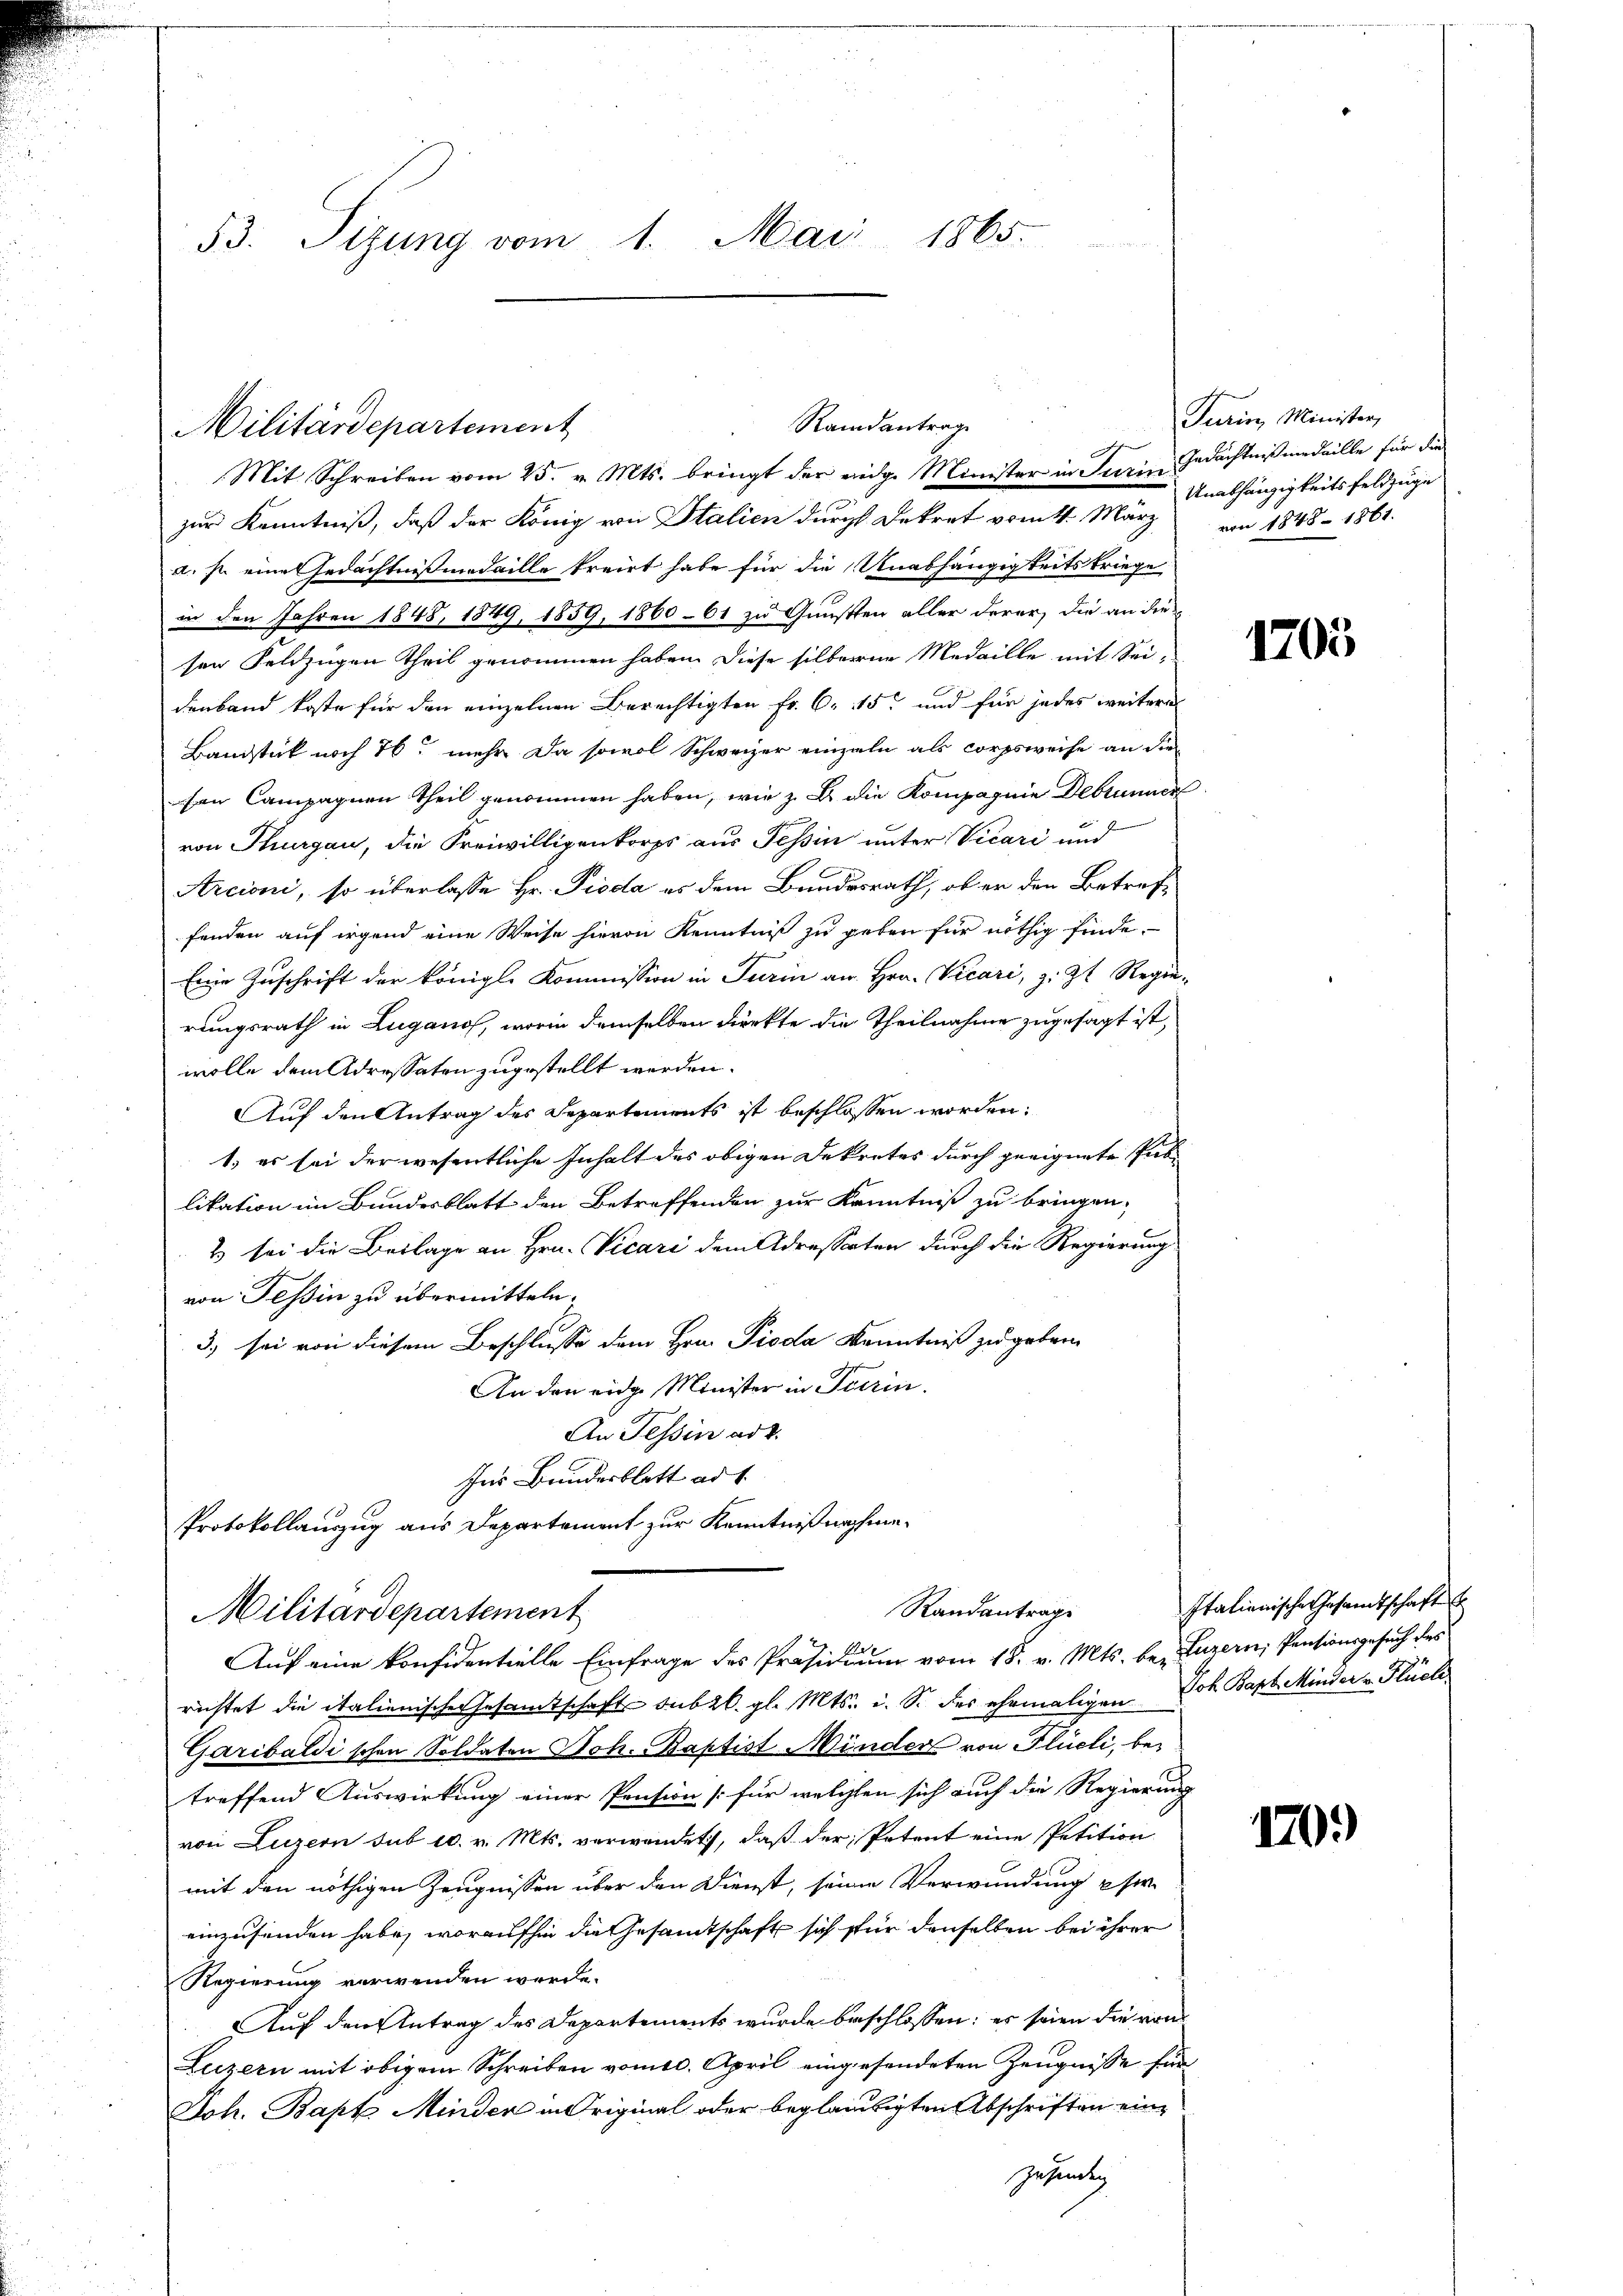
53. Sizung vom 1. Mai 1865.

Mit Schreiben vom 25. v. Mts. bringt der eidge Minister in Turin Gedächtnißmedaille für die
zur Kenntniß, daß der König von Italien durch Dekret vom 4. März von 1848 - 1861.
a. s. eine Gedächtnißmedaille treit habe für die Unabhängigkeitskriege
in den Jahren 1848, 1849, 1859, 1860 - 61 zu Gunstten aller derer, die an die
sen Feldzügen Theil genommen haben. Diese silberne Medaille mit Seidenband koste für den einzelnen Berechtigten Fr. 6. 115 und für jedes weiteres
Bandstück noch 76 mehr da sowol Schweizer einzeln als corpsweise an die
son Campagnen Theil genommen haben, wie z. B. die Kompagnie Debrunner
von Thurgau, die Freiwilligenkorps aus Tessin unter Vicari und
Arcioni, so überlasse Hr. Pioda es dem Bundesrath, ob er den Betreffenden auf irgend eine Weise hievon Kenntniß zu geben für nöthig finde.
Eine Zuschrift der königl. Kommission in Turin an Hrn. Vicari, z. Zt. Regie-
rungsrath in Lugano, worin demselben direkte die Theilnahme zugesagt ist,
wolle dem Adressaten zugestellt werden.
Auf den Antrag des Separtements ist beschlossen worden:
1. es sei der wesentliche Inhalt des obigen Dekretes durch geeignete Pabi
likation im Bundesblatt den Betreffenden zur Kenntniß zu bringen,
2) sei die Beilage an Hrn. Vicari dem Adressarten durch die Regierung
von Tessin zu übermitteln.
3) sei von diesem Beschlusse dem Hrn. Pioda Kenntniß zu geben
An den eidge Minister in Turin.
An Tessin ad 2.
Ins Bundesblatt ad 1.
Protokollauszug aus Departement zur Kenntnißnahme¬
Randantrag
Militärdepartement
Auf eine konfidentielle Einfrage des Präsidium vom 18. v. Mts. be- Luzern, Pensionsgesuch des
richtet die italienischer Gesamtschaft sub 26. gl. Mts. u. S. des ehemaligen Joh. Bapt. Minder v. Flüch¬
Garibaldi schon Soldaten Joh. Baptist Münder von Flüeli, betreffend Auswirkung einer Pension für welchen sich auch die Regierung
von Luzern sub 10. v. Mts. verwendet, daß der Petent eine Petition
mit den nöthigen Zeugnissen über den Dienst, seine Verwundung usw.
einzusenden habe, woraufhin die Gesamtschaft sich für denselben bei ihrer
Regierung verwenden werde.
Auf den Antrag des Departements wurde beschlossen; er seien die von
Luzern mit obigem Schreiben vom 10. April eingesendeten Zeugnisse für
Joh. Bapt Minden in Original oder beglaubigten Abschriften eingehendig

Militärdepartement

Randantrage

Turin, Minister,
Unabhängigkeitsfeldzuge

1703

Italienische Gesandtschaft

1709)